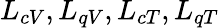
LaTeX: L_{cV},L_{qV},L_{cT},L_{qT}